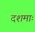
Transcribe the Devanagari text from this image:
दशमाः